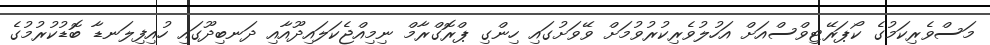
މަސްވެރިކަމުގެ ކޯޕަރޭޓިވްސްއަށް އަހުލުވެރިކުރުވުމަށް ވޭވަށުގައި ހިންގި ޕްރޮގްރާމް ނިމިއްޖެކަލައިދޫއާއި ދަނބިދޫގައި ހުއިފިލަނޑާ ބޮޑުކުރުމުގެ